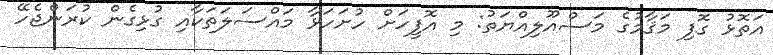
އަތޮޅު ގޮފި މަޤާމުގެ މަސްއޫލިއްޔަތު: މި އޮފީހަށް ހުށަހަޅާ މައްސަލަތަކާއި ގުޅިގެން ކުރަންޖެހޭ